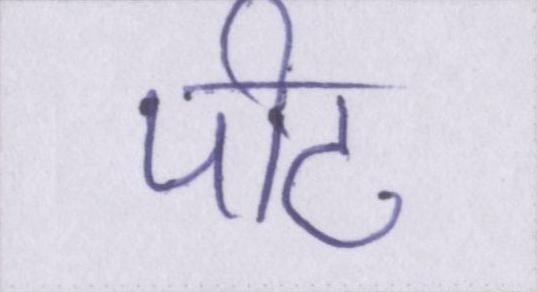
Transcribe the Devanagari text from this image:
पीठ